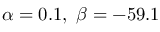
\alpha = 0 . 1 , ~ \beta = - 5 9 . 1